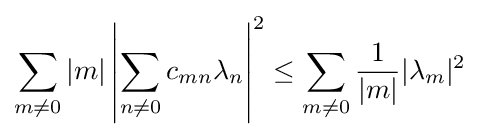
\sum _{m\neq 0}|m|\left|\sum _{n\neq 0}c_{mn}\lambda _{n}\right|^{2}\leq \sum _{m\neq 0}{1 \over |m|}|\lambda _{m}|^{2}